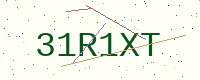
Text: 31R1XT